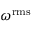
{ { \omega } ^ { \mathrm { { r m s } } } }